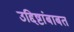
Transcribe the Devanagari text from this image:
उद्दिष्टांबाबत